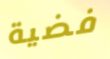
فضية